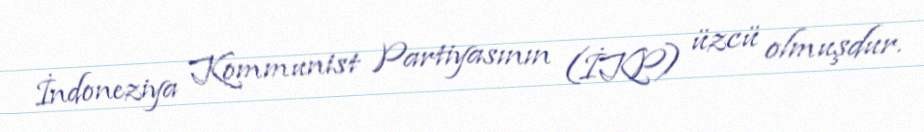
İndoneziya Kommunist Partiyasının (İKP) üzcü olmuşdur.